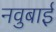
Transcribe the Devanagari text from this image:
नवुबाई